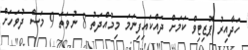
ހަދާއިރު ޕޮޒިޓިވް ކަމަށް ދައްކައިފިނަމަ މިމުއްދަތު 8 ނުވަތަ 9 މަސް ދުވަހަށް